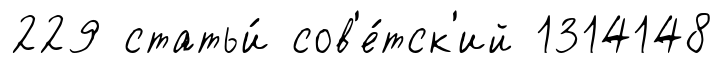
229 статьи́ сов'е́тск'ий 1314148